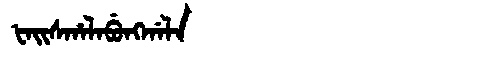
Manchu: ᡶᠠᡳᠰᡥᠠᠯᠠᠪᡠᠩᡤᠠᠯᠠ
Romanization: FAISHALABUNGGALA